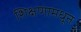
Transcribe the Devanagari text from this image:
शिक्षणामधून